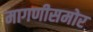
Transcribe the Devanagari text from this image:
मागणीसमोर